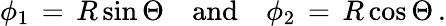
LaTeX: \phi_{1}\, =\, R\sin\Theta\quad\mathrm{and}\quad\phi_{2}\, =\, R\cos\Theta\, .